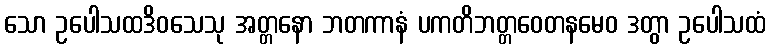
သော ဥပေါသထဒိဝသေသု အတ္တနော ဘတကာနံ ပကတိဘတ္တဝေတနမေဝ ဒတွာ ဥပေါသထံ